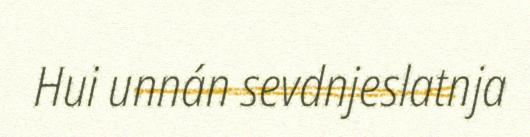
Hui unnán sevdnjeslatnja